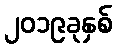
၂၀၁၉ခုနှစ်